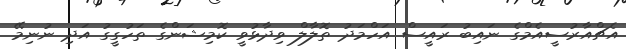
އެޗްއާރުސީއެމްގެ ނައިބު ރައީސް އަހްމަދު ތޮލާލް ވިދާޅުވީ ކޮމިޝަންގެ ތަހުގީގު އަދި ނުނިމޭ